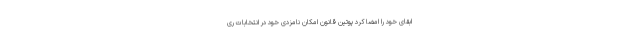
ابقای خود را امضا کرد پوتین قانون امکان نامزدی خود در انتخابات ری